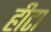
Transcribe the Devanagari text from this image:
हीटा